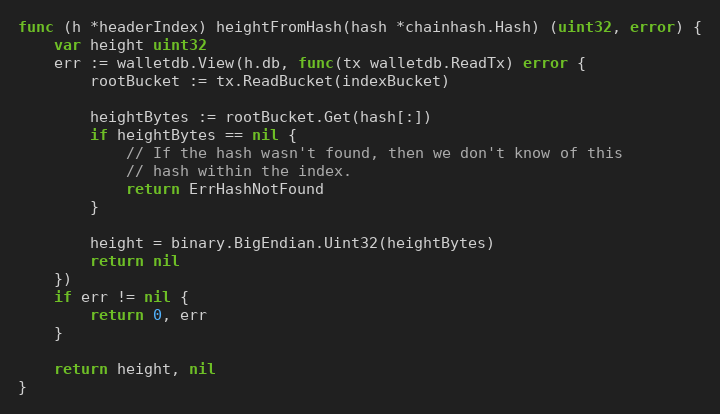
Language: Go
func (h *headerIndex) heightFromHash(hash *chainhash.Hash) (uint32, error) {
	var height uint32
	err := walletdb.View(h.db, func(tx walletdb.ReadTx) error {
		rootBucket := tx.ReadBucket(indexBucket)

		heightBytes := rootBucket.Get(hash[:])
		if heightBytes == nil {
			// If the hash wasn't found, then we don't know of this
			// hash within the index.
			return ErrHashNotFound
		}

		height = binary.BigEndian.Uint32(heightBytes)
		return nil
	})
	if err != nil {
		return 0, err
	}

	return height, nil
}